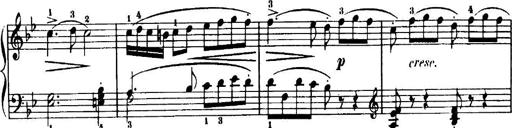
Title: 7 Sonatinas
Composer: Anton Diabelli